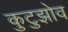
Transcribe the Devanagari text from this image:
कुटुझोव